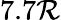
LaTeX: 7.7\mathcal{R}